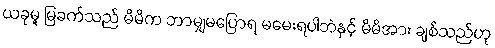
ယခုမူ မြခက်သည် မိမိက ဘာမျှမပြောရ မမေးရပါဘဲနှင့် မိမိအား ချစ်သည်ဟု